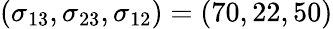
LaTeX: (\sigma_{13},\sigma_{23},\sigma_{12})=(70,22,50)